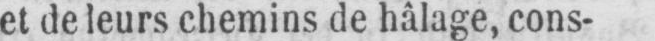
et de leurs chemins de hâlage, cons-